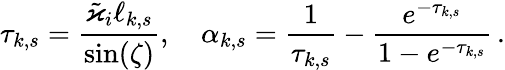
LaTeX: \tau_{k,s}=\frac{\tilde{\varkappa}_{i}\ell_{k,s}}{\sin(\zeta)},\quad\alpha_{k,s}=\frac{1}{\tau_{k,s}}-\frac{e^{-\tau_{k,s}}}{1-e^{-\tau_{k,s}}}\, .